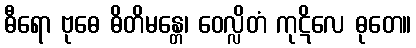
ဓီရော ဗုဓေ ဓိတိမန္တေ၊ ဝေလ္လိတံ ကုဋိလေ ဓုတေ။